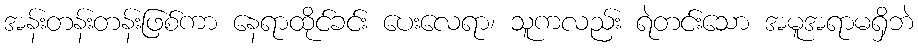
အန်းတန်းတန်းဖြစ်ကာ နေရာထိုင်ခင်း ပေးလေရာ၊ သူကလည်း ရဲတင်းသော အမူအရာမရှိဘဲ